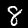
Digit: 8